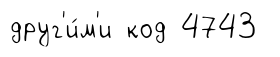
друг'и́м'и код 4743